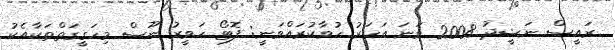
ރައީސް ނަޝީދު 2008 ވަނަ އަހަރު ހުވާކުރައްވަނީ: ފޮޓޯ ހަވީރު ނޫސް މިހަގީގަތްތަކާއެކު